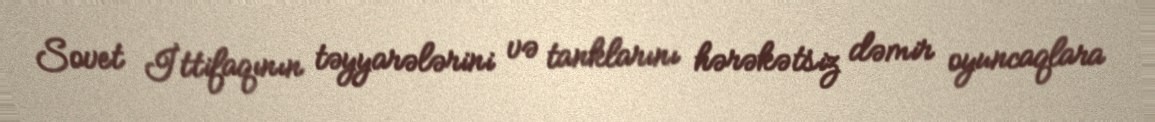
Sovet İttifaqının təyyarələrini və tanklarını hərəkətsiz dəmir oyuncaqlara